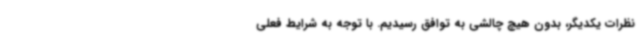
نظرات یکدیگر، بدون هیچ چالشی به توافق رسیدیم. با توجه به شرایط فعلی